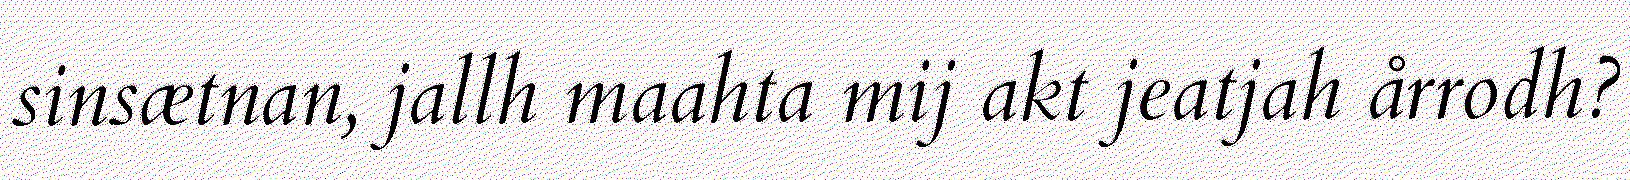
sinsætnan, jallh maahta mij akt jeatjah årrodh?